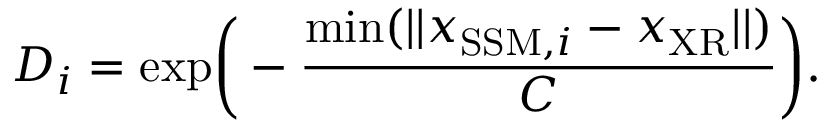
D _ { i } = \mathrm { e x p } \bigg ( - \frac { \mathrm { m i n } ( | | \boldsymbol { x } _ { \mathrm { S S M } , i } - \boldsymbol { x } _ { \mathrm { X R } } | | ) } { C } \bigg ) .